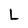
Character: L